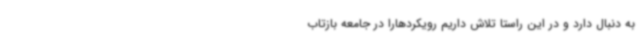
به دنبال دارد و در این راستا تلاش داریم رویکردهارا در جامعه بازتاب